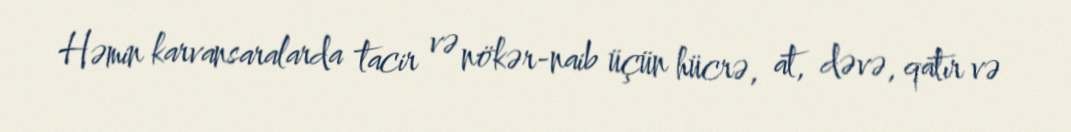
Həmin karvansaralarda tacir və nökər-naib üçün hücrə, at, dəvə, qatır və